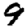
Digit: 9